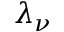
\lambda _ { \nu }